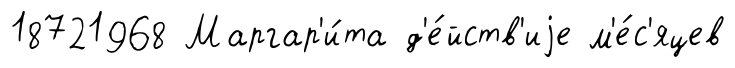
18721968 Маргар'и́та д'е́йств'иjе м'е́с'яцев